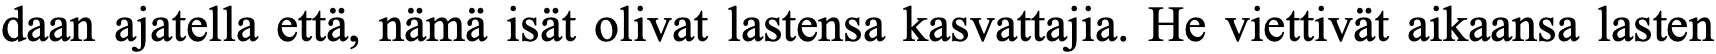
daan ajatella että, nämä isät olivat lastensa kasvattajia. He viettivät aikaansa lasten